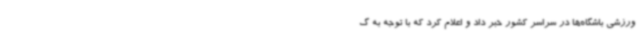
ورزشی باشگاه‌ها در سراسر کشور خبر داد و اعلام کرد که با توجه به گ